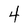
Character: 4